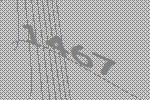
1467